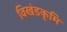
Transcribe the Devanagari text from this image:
विखंडकृमि